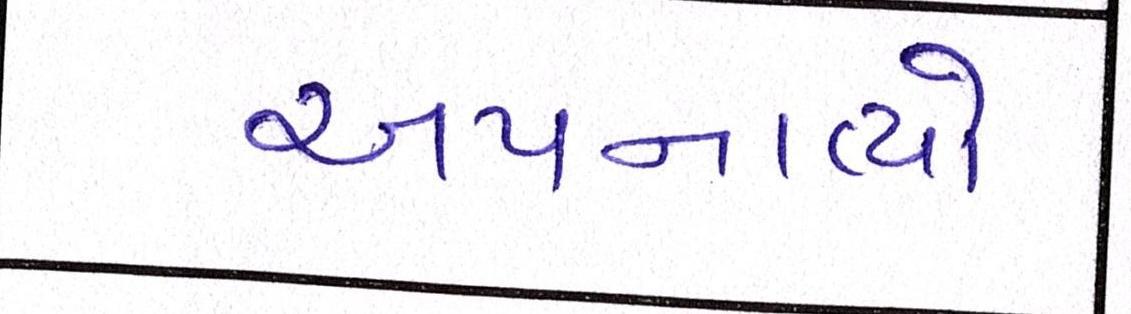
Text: અપનાવ્યો